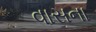
વાસના